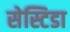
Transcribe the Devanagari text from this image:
सेस्टिडा